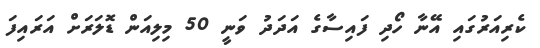
ކެރިއަރުގައި އޭނާ ހޯދި ފައިސާގެ އަދަދު ވަނީ 50 މިލިއަން ޑޮލަރަށް އަރައިފަ